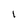
Character: I